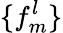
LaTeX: \{ f_{m}^{l}\}